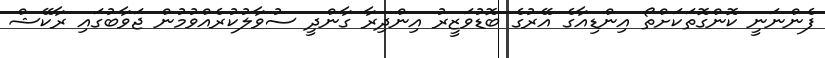
ފެންނަނީ ކޮންގޮތަކަށްތޯ އިންޑިއާގެ އޭރުގެ ބޮޑުވަޒީރު އިންދިރާ ގާންދީ ސުވާލުކުރެއްވުމުން ޖަވާބުގައި ރާކޭޝް